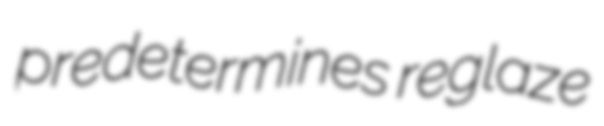
predetermines reglaze